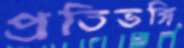
প্রতিভঙ্গি